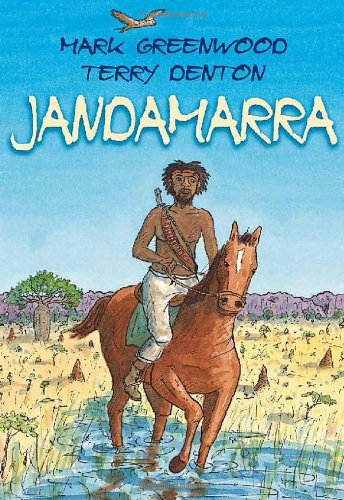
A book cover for Jandamarra; Mark Greenwood; Children's Books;